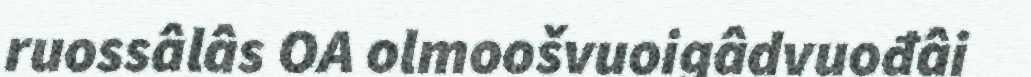
ruossâlâs OA olmoošvuoigâdvuođâi